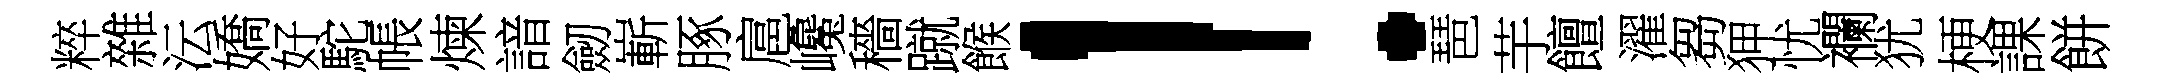
粹雜沄嬌好駝帳煉諳劒嶄䐁扈巉穡蹴餱！琶芋饘濯芻狎忧襴犹梗課餅